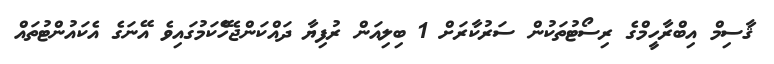
ޤާސިމް އިބްރާހީމްގެ ރިސޯޓުތަކުން ސަރުކާރަށް 1 ބިލިއަަން ރުފިޔާ ދައްކަންޖެހެޭކަމުގައިވެ އޭނަގެ އެކައުންޓުތައް